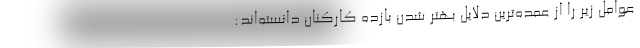
عوامل زیر را از عمده‌ترین دلایل بهتر شدن بازده کارکنان دانسته‌اند: